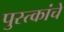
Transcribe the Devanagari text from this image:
पुस्त्कांचे